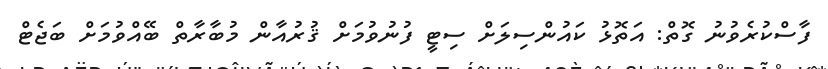
ފާސްކުރެވުނު ގޮތް: އަތޮޅު ކައުންސިލަށް ސިޓީ ފުނުވުމަށް ޤުރުއާން މުބާރާތް ބޭއްވުމަށް ބަޖެޓް